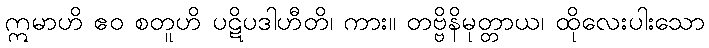
ဣမာဟိ ဧဝ စတူဟိ ပဋိပဒါဟီတိ၊ ကား။ တဗ္ဗိနိမုတ္တာယ၊ ထိုလေးပါးသော